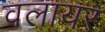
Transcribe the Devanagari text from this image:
वलायर